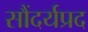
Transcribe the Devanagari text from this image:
सौंदर्यप्रद